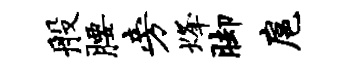
般腰旁烽脚扈